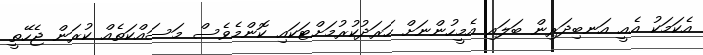
އެކަމަކު އެއީ އަނބިދަރިން ބަލައި އެމީހުންނަށް ހަރަދުކުރުމަށްޓަކައި ކޮންމެވެސް މަސައްކަތެއް ކުރަން ޖެހޭތީ